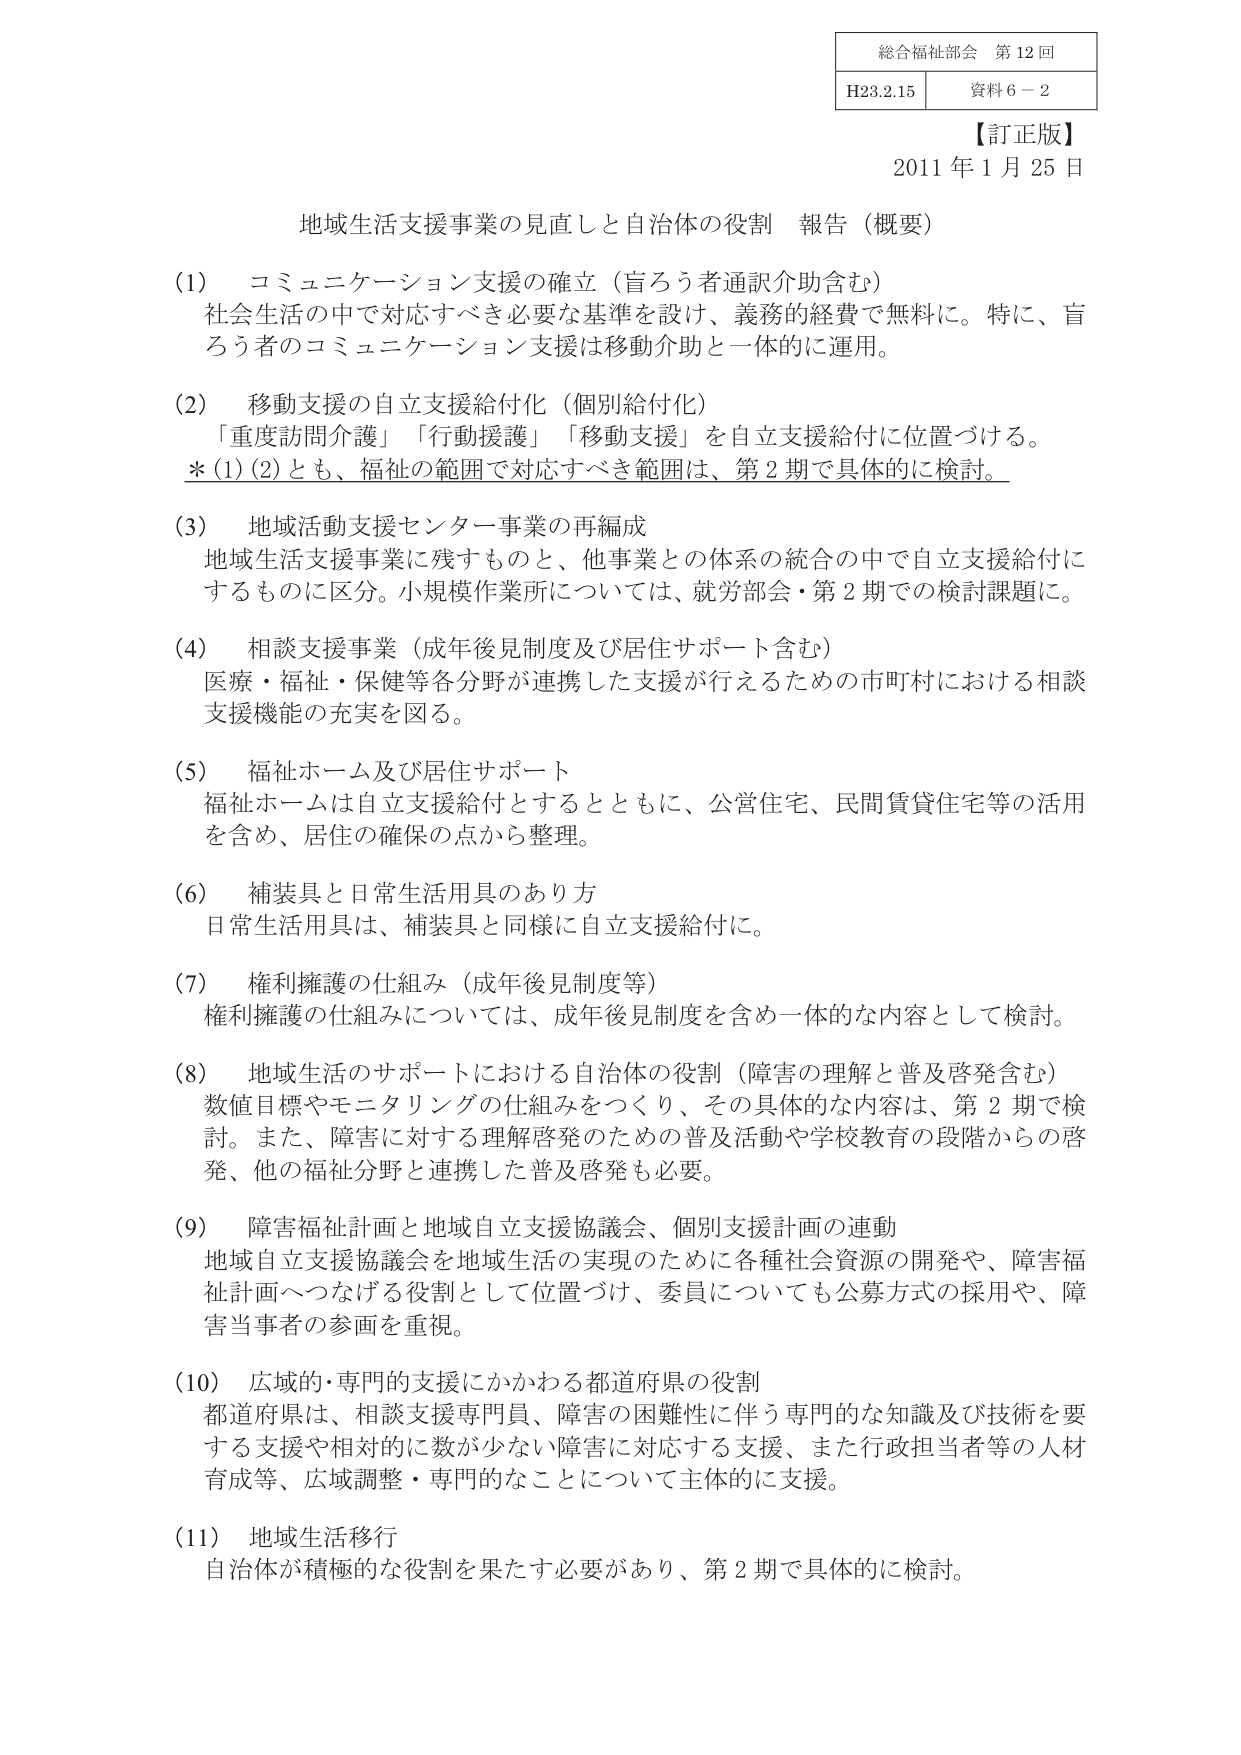
総合福祉部会 第12回
H23.2.15 資料6－2
【訂正版】
2011年1月25日

地域生活支援事業の見直しと自治体の役割 報告（概要）

(1) コミュニケーション支援の確立（盲ろう者通訳介助含む）
社会生活の中で対応すべき必要な基準を設け、義務的経費で無料に。特に、盲ろう者のコミュニケーション支援は移動介助と一体的に運用。

(2) 移動支援の自立支援給付化（個別給付化）
「重度訪問介護」「行動援護」「移動支援」を自立支援給付に位置づける。
＊(1)(2)とも、福祉の範囲で対応すべき範囲は、第2期で具体的に検討。

(3) 地域活動支援センター事業の再編成
地域生活支援事業に残すものと、他事業との体系の統合の中で自立支援給付にするものに区分。小規模作業所については、就労部会・第2期での検討課題に。

(4) 相談支援事業（成年後見制度及び居住サポート含む）
医療・福祉・保健等各分野が連携した支援が行えるための市町村における相談支援機能の充実を図る。

(5) 福祉ホーム及び居住サポート
福祉ホームは自立支援給付とするとともに、公営住宅、民間賃貸住宅等の活用を含め、居住の確保の点から整理。

(6) 補装具と日常生活用具のあり方
日常生活用具は、補装具と同様に自立支援給付に。

(7) 権利擁護の仕組み（成年後見制度等）
権利擁護の仕組みについては、成年後見制度を含め一体的な内容として検討。

(8) 地域生活のサポートにおける自治体の役割（障害の理解と普及啓発含む）
数値目標やモニタリングの仕組みをつくり、その具体的な内容は、第2期で検討。また、障害に対する理解啓発のための普及活動や学校教育の段階からの啓発、他の福祉分野と連携した普及啓発も必要。

(9) 障害福祉計画と地域自立支援協議会、個別支援計画の連動
地域自立支援協議会を地域生活の実現のために各種社会資源の開発や、障害福祉計画へつなげる役割として位置づけ、委員についても公募方式の採用や、障害当事者の参画を重視。

(10) 広域的・専門的支援にかかわる都道府県の役割
都道府県は、相談支援専門員、障害の困難性に伴う専門的な知識及び技術を要する支援や相対的に数が少ない障害に対応する支援、また行政担当者等の人材育成等、広域調整・専門的なことについて主体的に支援。

(11) 地域生活移行
自治体が積極的な役割を果たす必要があり、第2期で具体的に検討。